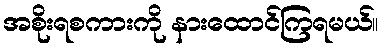
အစိုးရစကားကို နားထောင်ကြရမယ်။